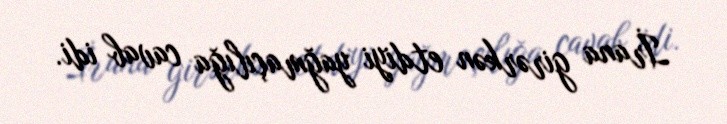
İrana girərkən etdiyi yağmaçılığa cavab idi.